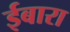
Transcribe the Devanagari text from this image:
ईबारा